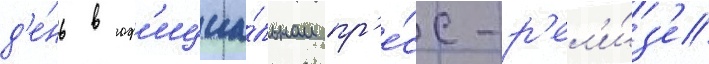
д'е́нь в оф'ициа́льном пр'е́сс-р'ел'и́з'е